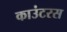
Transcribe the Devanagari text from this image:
काउंटरस